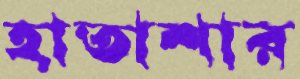
হাতাশার